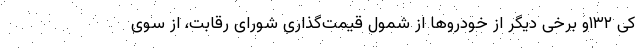
کی ۱۳۲و برخی دیگر از خودرو‌ها از شمول قیمت‌گذاری شورای رقابت، از سوی